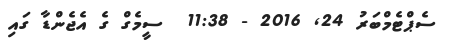
ސެޕްޓެމްބަރު 24